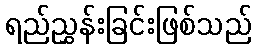
ရည်ညွှန်းခြင်းဖြစ်သည်